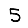
Digit: 5